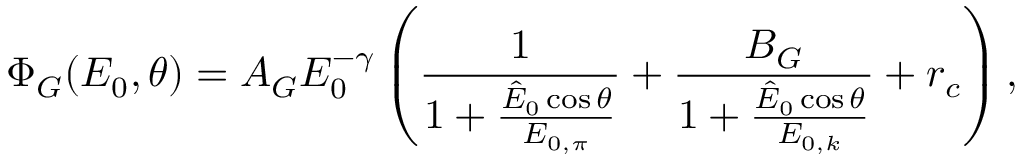
\Phi _ { G } ( E _ { 0 } , \theta ) = A _ { G } E _ { 0 } ^ { - \gamma } \left( \frac { 1 } { 1 + \frac { \hat { E } _ { 0 } \cos \theta } { E _ { 0 , \pi } } } + \frac { B _ { G } } { 1 + \frac { \hat { E } _ { 0 } \cos \theta } { E _ { 0 , k } } } + r _ { c } \right) ,